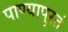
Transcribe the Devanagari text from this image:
पाण्यापुरतं